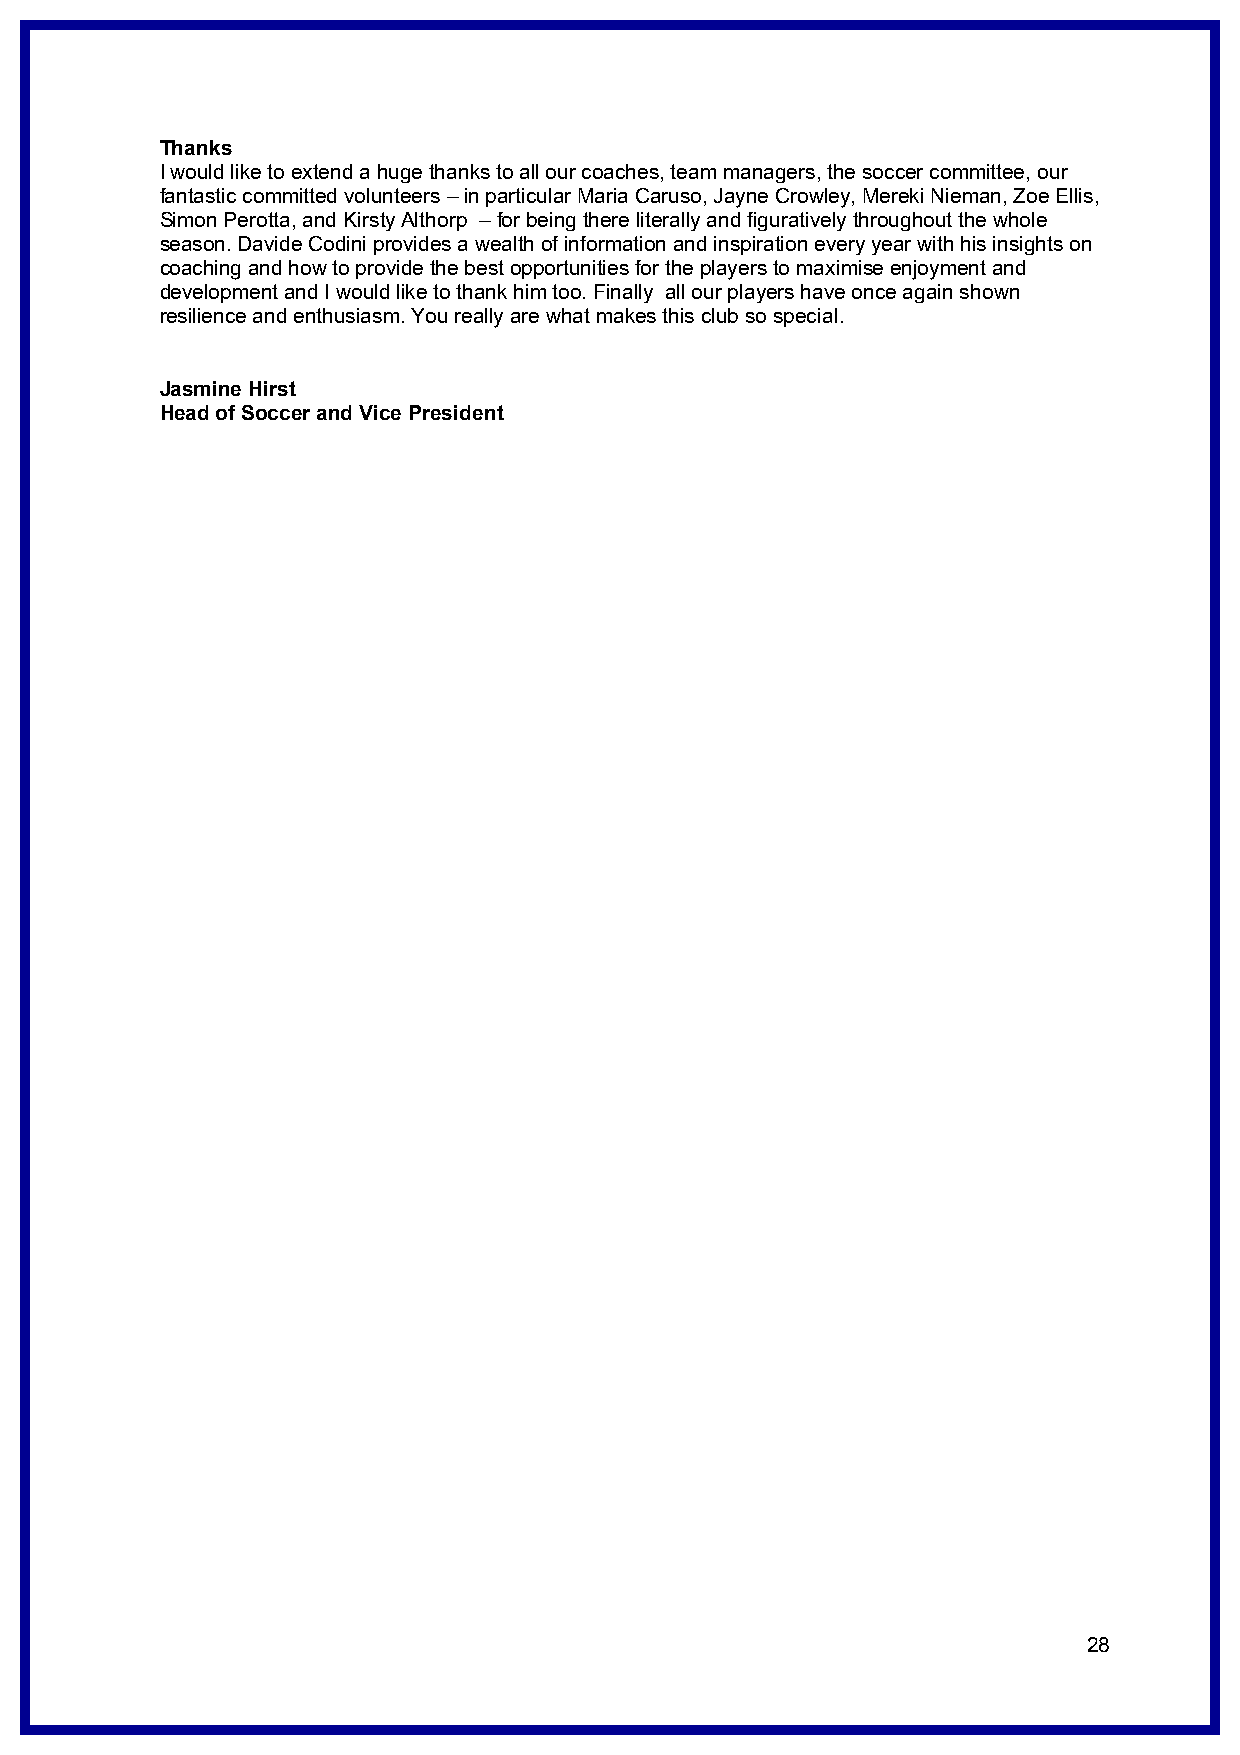
Thanks
 I would like to extend a huge thanks to all our coaches, team managers, the soccer committee, our
 fantastic committed volunteers – in particular Maria Caruso, Jayne Crowley, Mereki Nieman, Zoe Ellis,
 Simon Perotta, and Kirsty Althorp – for being there literally and figuratively throughout the whole
 season. Davide Codini provides a wealth of information and inspiration every year with his insights on
 coaching and how to provide the best opportunities for the players to maximise enjoyment and
 development and I would like to thank him too. Finally all our players have once again shown
 resilience and enthusiasm. You really are what makes this club so special.
 Jasmine Hirst
 Head of Soccer and Vice President
 28